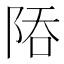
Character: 𨹙